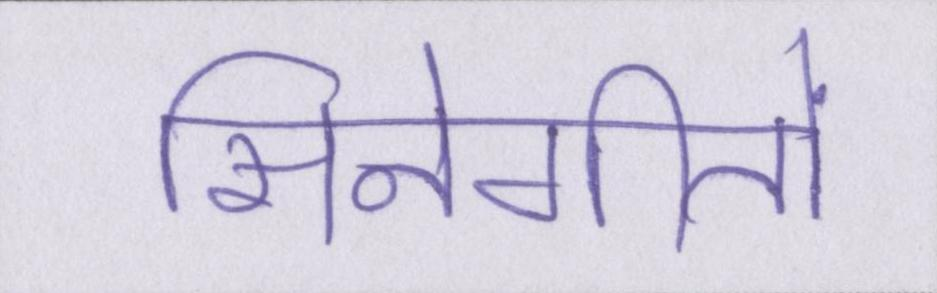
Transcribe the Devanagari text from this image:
सिनेगीतों